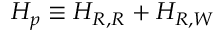
{ \cal H } _ { p } \equiv { \cal H } _ { R , R } + { \cal H } _ { R , W }